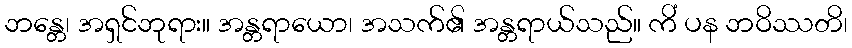
ဘန္တေ၊ အရှင်ဘုရား။ အန္တရာယော၊ အသက်၏ အန္တရာယ်သည်။ ကိံ ပန ဘဝိဿတိ၊